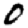
Digit: 0